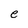
Character: e